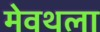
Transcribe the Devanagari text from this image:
मेवथला